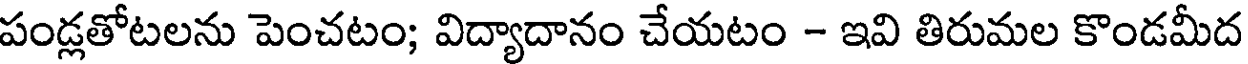
పండ్లతోటలను పెంచటం; విద్యాదానం చేయటం - ఇవి తిరుమల కొండమీద